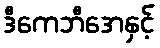
ဒီကေဘီအေနှင့်